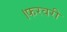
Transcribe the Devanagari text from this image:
।फरवरी